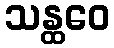
သန္ထဝေ